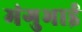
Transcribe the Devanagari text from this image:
मंगुभाई